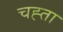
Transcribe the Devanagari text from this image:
चह्ता